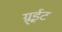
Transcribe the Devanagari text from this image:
ग्रूईट